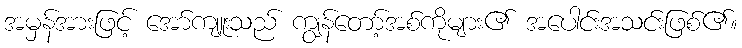
အမှန်အားဖြင့် အော်ကျူးသည် ကျွန်တော့်အစ်ကိုများ၏ အပေါင်းအသင်းဖြစ်၏။